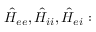
\hat { H } _ { e e } , \hat { H } _ { i i } , \hat { H } _ { e i } :